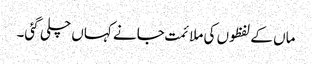
ماں کے لفظوں کی ملائمت جانے کہاں چلی گئی۔